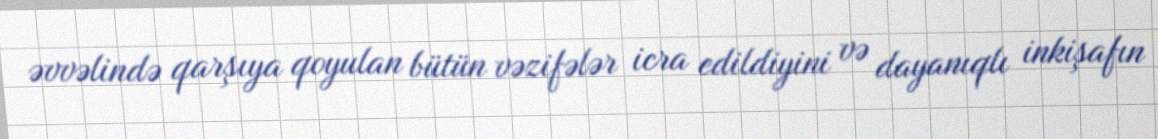
əvvəlində qarşıya qoyulan bütün vəzifələr icra edildiyini və dayanıqlı inkişafın